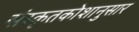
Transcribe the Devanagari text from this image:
संस्कृतकोशानुसार